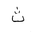
Letter: _tha